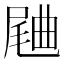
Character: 𣍁